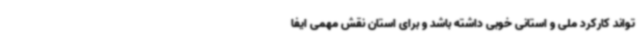
‌تواند کارکرد ملی و استانی خوبی داشته باشد و برای استان نقش مهمی ایفا